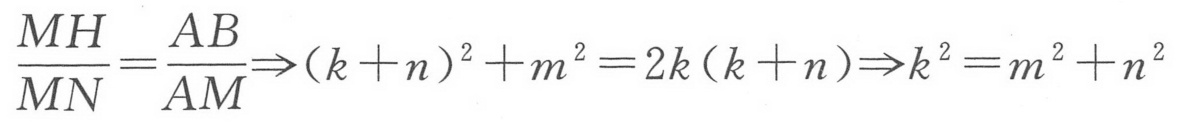
\(\frac{MH}{MN}=\frac{AB}{AM}\Rightarrow(k + n)^{2}+m^{2}=2k(k + n)\Rightarrow k^{2}=m^{2}+n^{2}\)